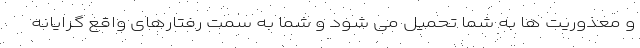
و معذوریت ها به شما تحمیل می شود و شما به سمت رفتارهای واقع گرایانه